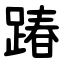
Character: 踳